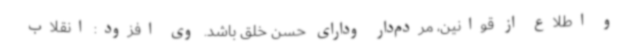
و اطلاع از قوانین، مردم‌دار ودارای حسن خلق باشد. وی افزود: انقلاب